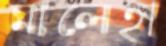
মালেহা